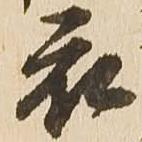
衣